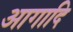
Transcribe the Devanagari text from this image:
आगादि